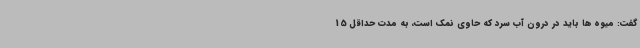
گفت: میوه ها باید در درون آب سرد که حاوی نمک است، به مدت حداقل 15